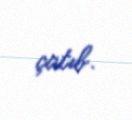
çatıb.